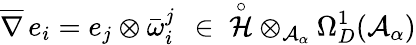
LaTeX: \overline{{{\nabla}}}\, e_{i}=e_{j}\otimes\bar{\omega}_{i}^{j}\ \, \in\; \displaystyle\mathop{{\mathcal H}}^{\circ}\otimes_{{\mathcal A}_{\alpha}}\Omega_{D}^{1}({\mathcal A}_{\alpha})